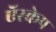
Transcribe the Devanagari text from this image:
ऍस्केप